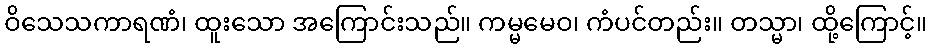
ဝိသေသကာရဏံ၊ ထူးသော အကြောင်းသည်။ ကမ္မမေဝ၊ ကံပင်တည်း။ တသ္မာ၊ ထို့ကြောင့်။